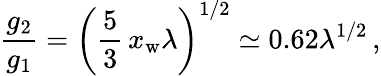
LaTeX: \frac{g_{2}}{g_{1}}=\left(\frac{5}{3}\, x_{\mathrm{w}}\lambda\right)^{1/2}\simeq 0.62\lambda^{1/2}\, ,